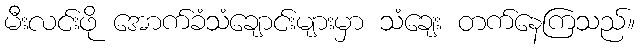
မီးလင်းဖို အောက်ခံသံချောင်းများမှာ သံချေး တက်နေကြသည်။